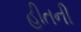
હીતની